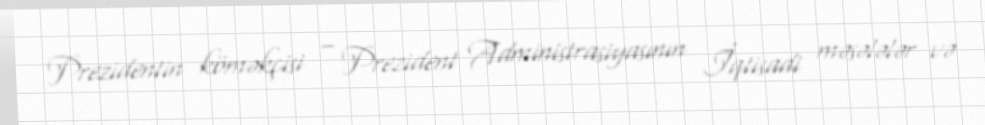
Prezidentin köməkçisi – Prezident Administrasiyasının İqtisadi məsələlər və